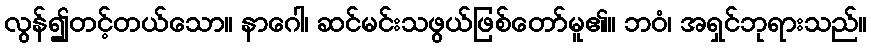
လွန်၍တင့်တယ်သော။ နာဂေါ၊ ဆင်မင်းသဖွယ်ဖြစ်တော်မူ၏။ ဘဝံ၊ အရှင်ဘုရားသည်။